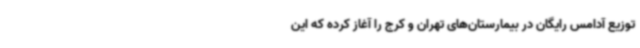
توزیع آدامس رایگان در بیمارستان‌های تهران و کرج را آغاز کرده که این